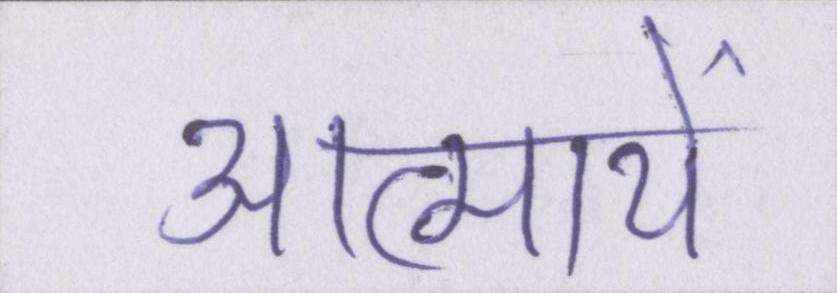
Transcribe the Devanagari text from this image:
आत्मायें